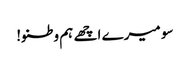
سو میرے اچھے ہم وطنو!